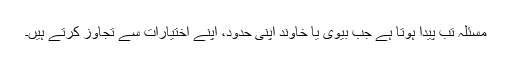
مسئلہ تب پیدا ہوتا ہے جب بیوی یا خاوند اپنی حدود، اپنے اختیارات سے تجاوز کرتے ہیں۔